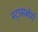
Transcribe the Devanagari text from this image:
स्ट्रासबोर्ग